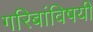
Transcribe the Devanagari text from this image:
गरिबांविषयी